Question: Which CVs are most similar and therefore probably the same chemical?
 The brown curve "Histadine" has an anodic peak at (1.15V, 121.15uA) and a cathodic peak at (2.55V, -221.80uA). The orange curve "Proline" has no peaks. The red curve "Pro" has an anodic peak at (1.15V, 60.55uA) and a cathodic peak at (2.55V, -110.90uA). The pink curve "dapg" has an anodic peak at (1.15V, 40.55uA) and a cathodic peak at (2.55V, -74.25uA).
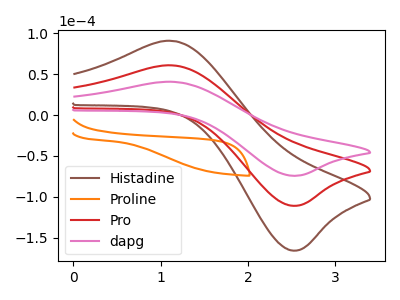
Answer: <think>"Histadine" and "Proline" have a different number of peaks. All the peaks in "Histadine" have a peak in "Pro" at the same potential. Every peak in "Histadine" is higher than every peak in "Pro". All the peaks in "Histadine" have a peak in "dapg" at the same potential. Every peak in "Histadine" is higher than every peak in "dapg". "Proline" and "Pro" have a different number of peaks. "Proline" and "dapg" have a different number of peaks. All the peaks in "Pro" have a peak in "dapg" at the same potential. Every peak in "Pro" is higher than every peak in "dapg".
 </think>
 <answer>"dapg", "Histadine" and "Pro" have the same shape and are likely CV's of the same chemical.</answer>
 <eval>"dapg" "Histadine" "Pro"</eval>